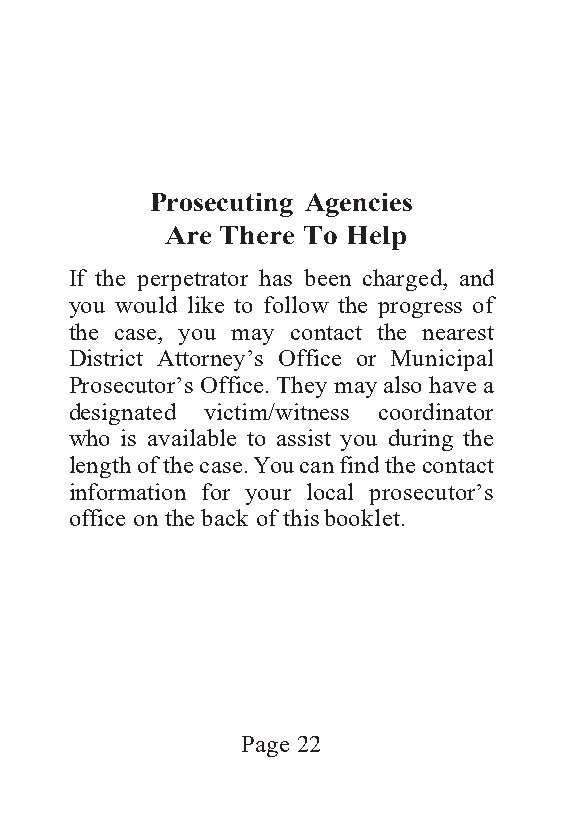
Prosecuting Agencies
 Are There To Help
 If the perpetrator has been charged, and
 you would like to follow the progress of
 the case, you may contact the nearest
 District Attorney’s Office or Municipal
 Prosecutor’s Office. They may also have a
 designated victim/witness coordinator
 who is available to assist you during the
 length of the case. You can find the contact
 information for your local prosecutor’s
 office on the back of this booklet.
 Page 22